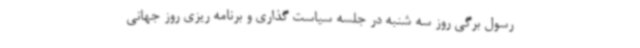
رسول برگی روز سه شنبه در جلسه سیاست گذاری ‌و برنامه ریزی روز جهانی